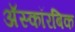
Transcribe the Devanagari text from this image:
अॅस्कॉरबिक